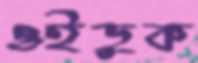
ওইডুক